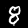
Digit: 8